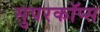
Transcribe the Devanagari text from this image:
सुपरकॉप्स